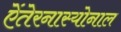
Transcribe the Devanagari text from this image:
ऐंतेरनास्योनाल